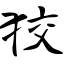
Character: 狡